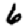
Digit: 6